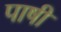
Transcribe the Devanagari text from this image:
पाषी